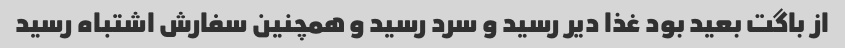
از باگت بعید بود غذا دیر رسید و سرد رسید و همچنین سفارش اشتباه رسید